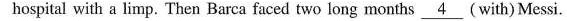
hospital with a limp. Then Barca faced two long months \underline{4} (with) Messi.